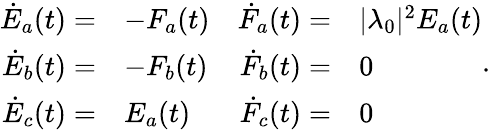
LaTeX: \begin{array}{rlrl}{\dot{E}_{a}(t)=}&{-F_{a}(t)}&{\dot{F}_{a}(t)=}&{|\lambda_{0}|^{2}E_{a}(t)}\\ {\dot{E}_{b}(t)=}&{-F_{b}(t)}&{\dot{F}_{b}(t)=}&{0}\\ {\dot{E}_{c}(t)=}&{E_{a}(t)}&{\dot{F}_{c}(t)=}&{0}\end{array}.